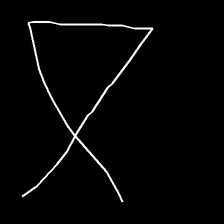
Glyph: collection